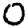
Digit: 0